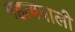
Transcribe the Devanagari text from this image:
महत्ववाली